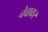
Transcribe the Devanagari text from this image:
चेवाकर